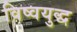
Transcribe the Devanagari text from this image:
विष्वयुद्ध